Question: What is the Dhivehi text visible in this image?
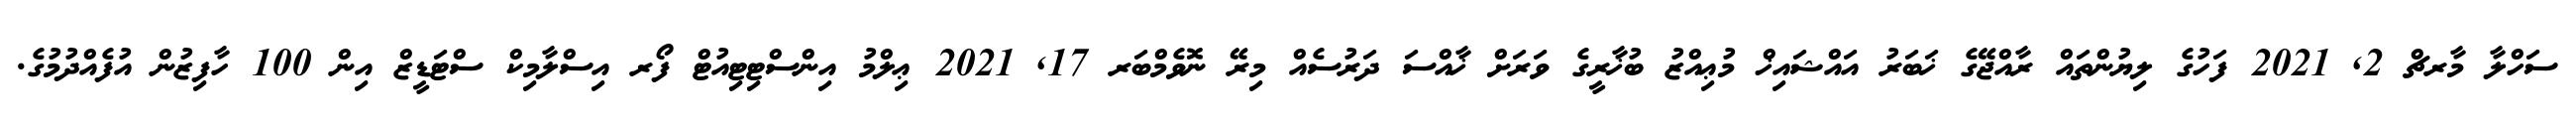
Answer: ސަހްލާ މާރޗް 2, 2021 ފަހުގެ ލިޔުންތައް ރާއްޖޭގެ ޚަބަރު އައްޝައިޚް މުޢިއްޒު ބުޚާރީގެ ވަރަށް ޚާއްސަ ދަރުސެއް މިރޭ ނޮވެމްބަރ 17, 2021 ޢިލްމު އިންސްޓިޓިއުޓް ފޯރ އިސްލާމިކް ސްޓަޑީޒް އިން 100 ހާފިޒުން އުފެއްދުމުގެ.